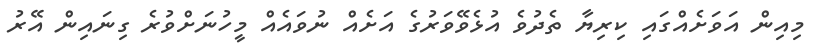
މިއިން އަވަށެއްގައި ކިރިޔާ ތެދުވެ އުޅެވޭވަރުގެ އަށެއް ނުވައެއް މީހުނަށްވުރެ ގިނައިން އޭރު